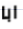
ابا